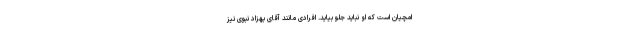
امچیان است که او نباید جلو بیاید. افرادی مانند آقای بهزاد نبوی نیز